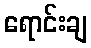
ရောင်းချ